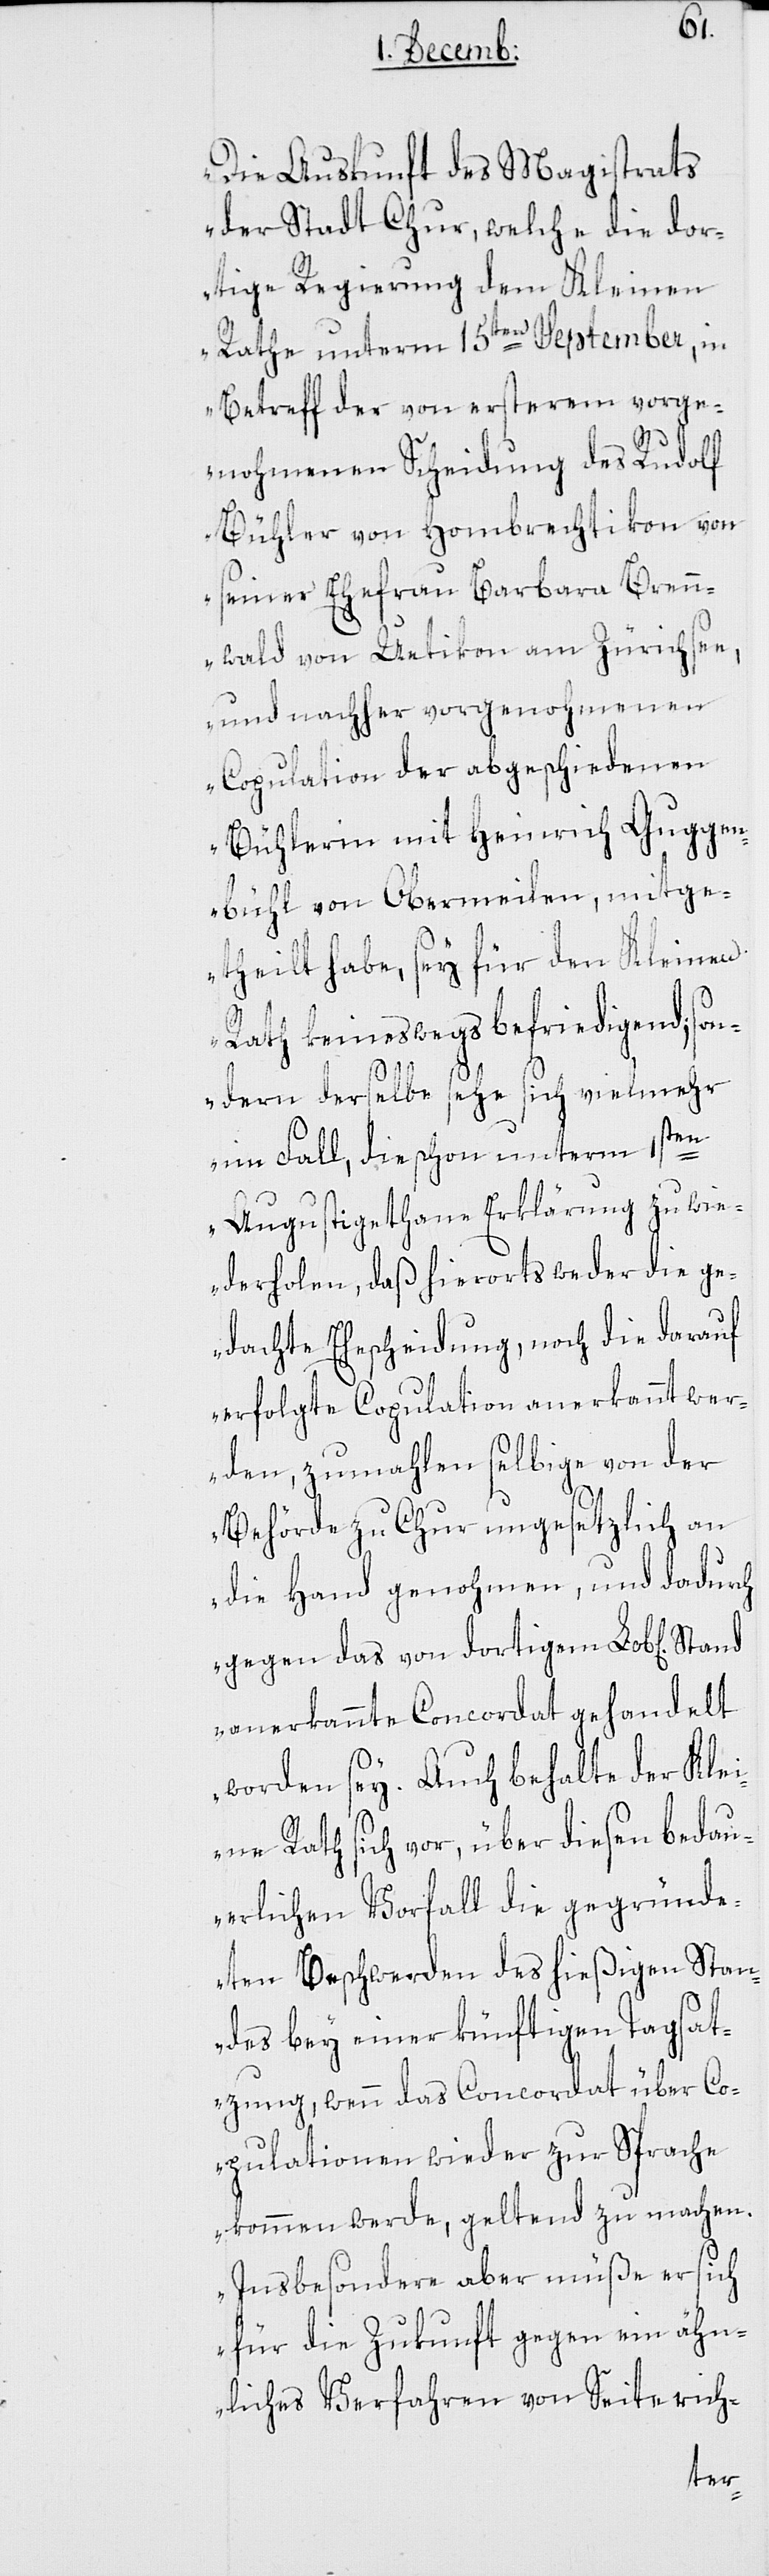
„Die Auskunft des Magistrats
der Stadt Chur, welche die dor¬
tige Regierung dem Kleinen
Rathe unterm 15ten September, in
Betreff der von ersterem vorge¬
nohmenen Scheidung des Rudolf
Bühler von Hombrechtikon von
seiner Ehefrau Barbara Bren¬
nwald von Uetikon am Zürichsee,
und nachher vorgenohmenen
Copulation der abgeschiedenen
Bühlerin mit Heinrich Guggen¬
bühl von Obermeilen, mitge¬
theilt habe, sey für den Kleinen
Rath keineswegs befriedigend; son¬
dern derselbe sehe sich vielmehr
im Fall, die schon unterm 1sten
Augusti gethane Erklärung zu wie¬
derholen, daß hierorts weder die ge¬
dachte Ehescheidung, noch die darauf
erfolgte Copulation anerkannt wer¬
den, zumahlen selbige von der
Behörde zu Chur ungesetzlich an
die Hand genohmen, und dadurch
gegen das von dortigem Lob[lichen]
anerkannte Concordat gehandelt
worden sey. Auch behalte der Kle¬
ine Rath sich vor, über dießen bedau¬
erlichen Vorfall die gegründe¬
ten Beschwerden des hießigen Stan¬
des bey einer künftigen Tagsat¬
zung, wenn das Concordat über Co¬
pulationen wieder zur Sprache
kommen werde, geltend zu machen.
Insbesondere aber müße er sich
für die Zukunft gegen ein ähn¬
liches Verfahren von Seite rich-